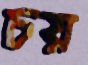
চয়